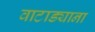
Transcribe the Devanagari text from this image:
वाटाड्याना